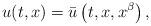
LaTeX: \begin{align*}u(t,x) = \bar u\left(t,x,x^\beta\right),\end{align*}